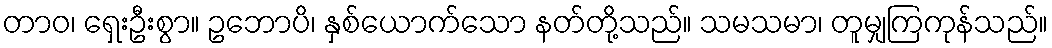
တာဝ၊ ရှေးဦးစွာ။ ဥဘောပိ၊ နှစ်ယောက်သော နတ်တို့သည်။ သမသမာ၊ တူမျှကြကုန်သည်။